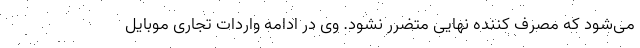
می‌شود که مصرف کننده نهایی متضرر نشود. وی در ادامه واردات تجاری موبایل